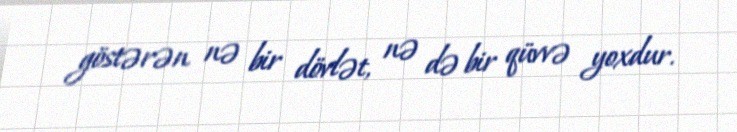
göstərən nə bir dövlət, nə də bir qüvvə yoxdur.